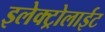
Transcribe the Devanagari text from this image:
इलेक्ट्रोलाईट